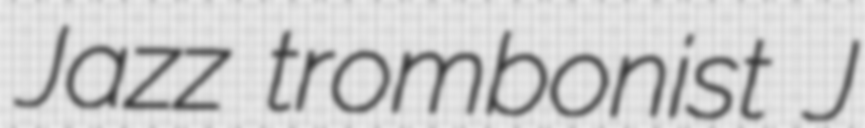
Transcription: Jazz trombonist J